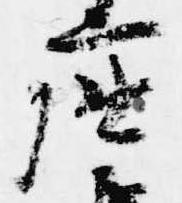
座